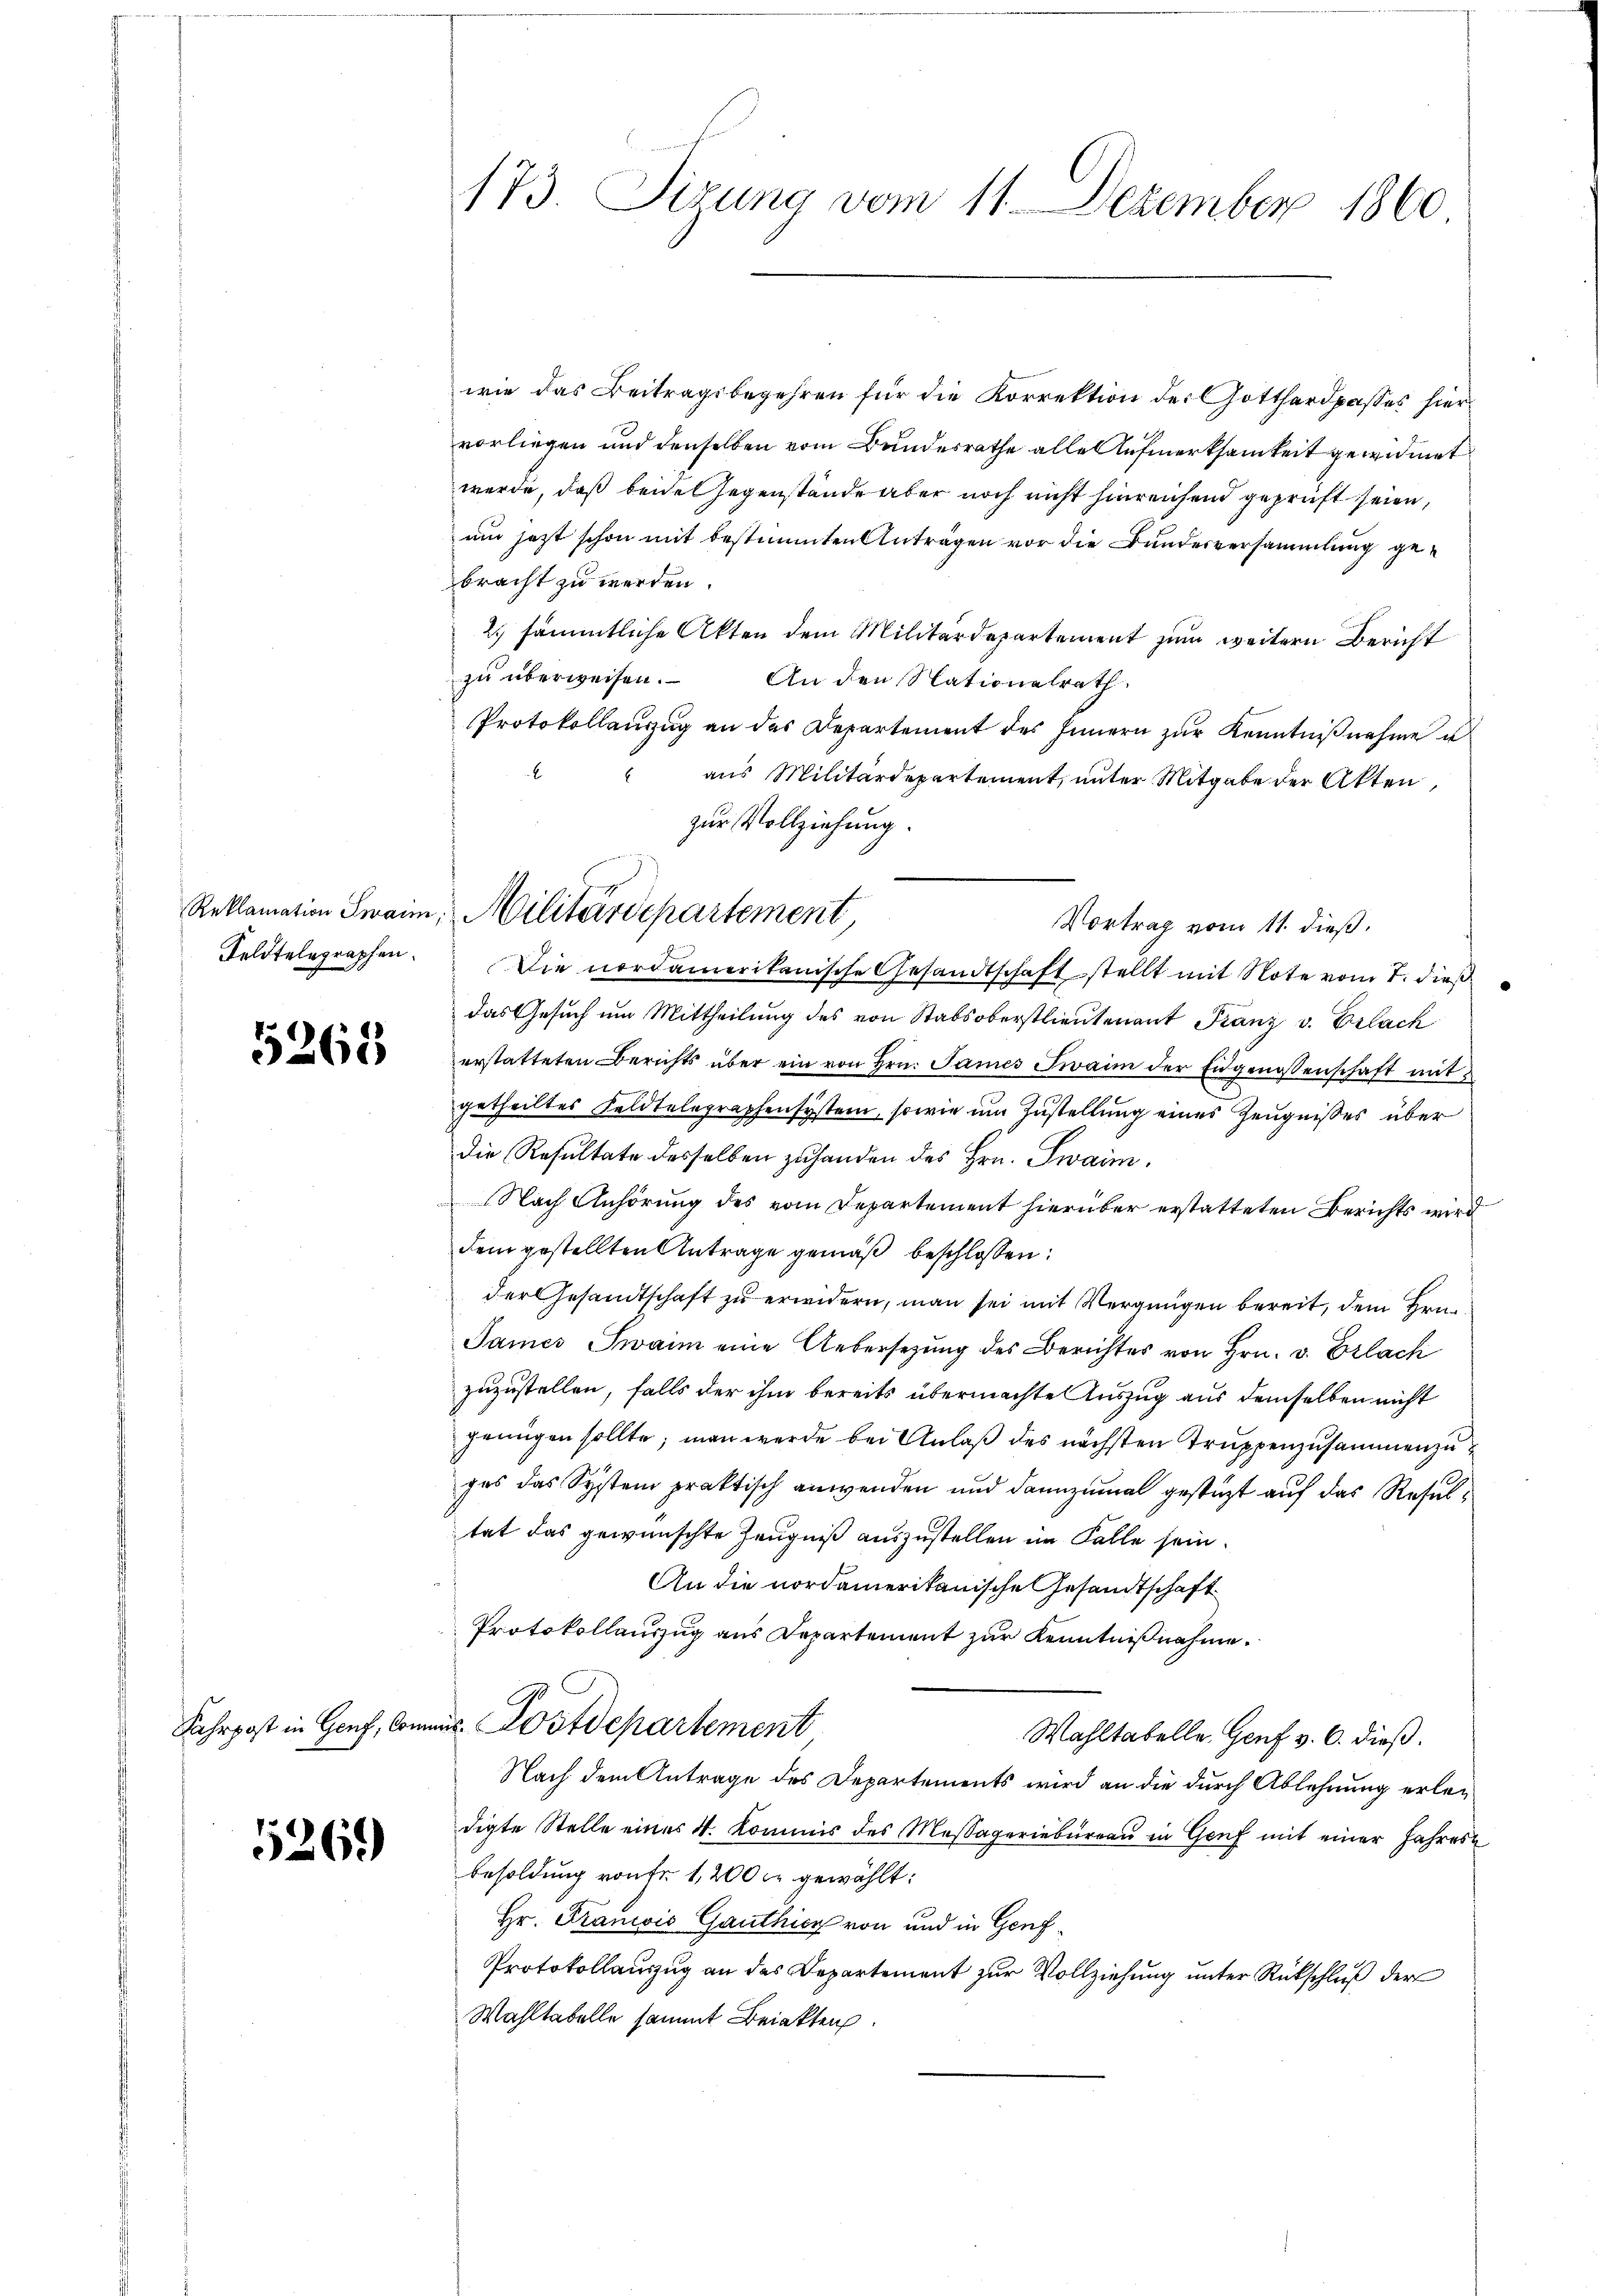
Feldtelegraphen.

5263

5269)

173. Sizung vom 11. Dezember 1860

wie das Beitragsbegehren für die Korrektion der Gotthardpasses hiervorliegen und denselben vom Bundesrathe alle Aufmerksamkeit gewidmet
werde, daß beide Gegenstände aber noch nicht hinreichend geprüft seien,
um jetzt schon mit bestimmten Anträgen vor die Bundesversammlung gebracht zu werden.
2. sämmtliche Akten dem Militärdepartement zum weitern Bericht
zu überweisen.
An den Stationalrath.
Protokollauszug an des Departement des Innern zur Kenntnißnahme u
aus Militärdepartement, unter Mitgabe der Akten,
Vortrag vom 11. dieß.
Die nordamerikanische Gesandtschaft stellt mit Note vom 7. dieß
das Gesuch um Mittheilung des von Stabsoberstlieutenant Franz v. Erlach
erstatteten Berichts über ein von Hrn. James Zwaim der Eidgenossenschaft mit
getheiltes Feldtelegraphensystem, sowie um Zustellung eines Zeugnißes über
Die Resultate desselben zuhanden des Hrn. Swaim¬
Nach Anhörung des vom Departement hierüber erstatteten Berichts wird
dem gestellten Antrage gemäß beschlossen:
der Gesandtschaft zu erwidern, man sei mit Vergnügen bereit, dem Hrn.
James Swaim eine Uebersezung des Berichtes von Hrn. v. Erlach
zuzustellen, falls der ihm bereits übermachte Auszug aus demselben nicht
genügen sollte; man werde bei Anlaß des nächsten Truppenzusammenzuges das System praktisch anwenden und dannzumal gestützt auf das Resultat das gewünschte Zeugniß auszustellen im Falle sein.
An die nordamerikanische Gesandtschaft
Protokollauszug aus Departement zur Kenntnißnahme.
Fahrpost in Genf, Commis Postdepartement
Wahltabelle Genf v. 6. dieß.
Nach dem Antrage des Departements wird an die durch Ablehnung erledigte Stelle eines 4. Kommis des Massageriebureau in Genf mit einer Jahres
besoldung von Fr. 1,200 c. gewählt:
Hr. Francis Gauthicz von und in Genf¬
Protokollauszug an das Departement zur Vollziehung unter Rückschluß der
Wahltabelle sammt Beiakten.

zur Vollziehung.
Reklamation Swaim, Militärdepartement